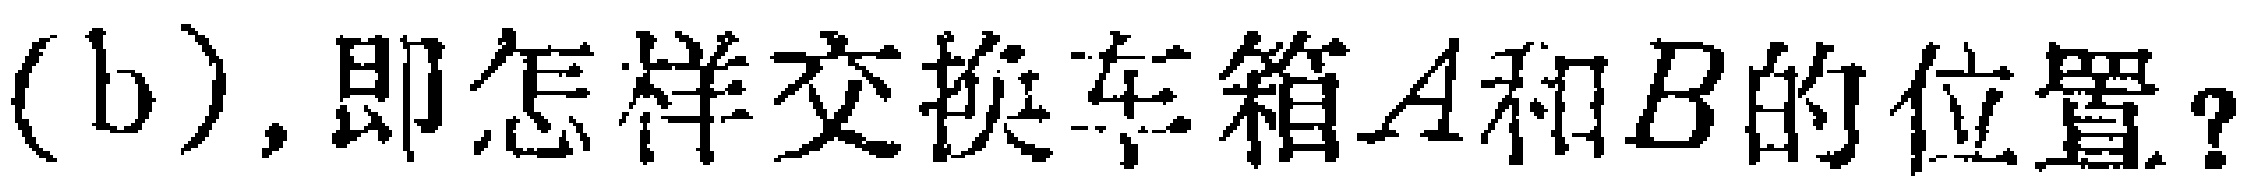
(b), 即怎样交换车箱\(A\)和\(B\)的位置？